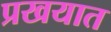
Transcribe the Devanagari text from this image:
प्रखयात